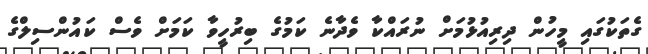
ގެތަކުގައި މީހުން ދިރިއުޅުމަށް ނުރައްކާ ވެދާނެ ކަމުގެ ބިރުހީވާ ކަމަށް ވެސް ކައުންސިލްގެ